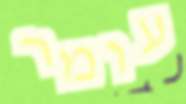
עומר